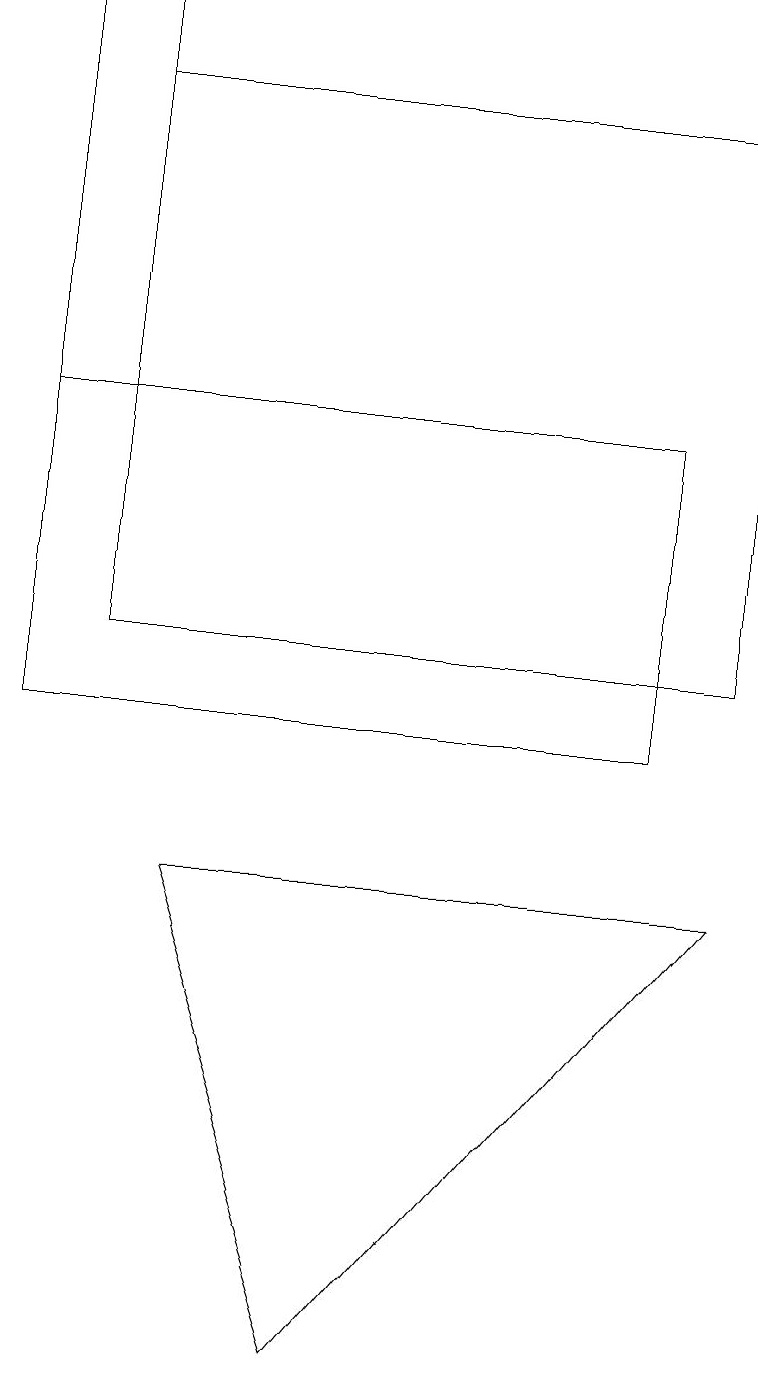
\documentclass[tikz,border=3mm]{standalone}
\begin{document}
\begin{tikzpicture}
\draw (0,19) rectangle (1,14);
\draw (2,8) -- (4,2) -- (9,8) -- cycle;
\draw (0,10) rectangle (8,14);
\draw (9,18) rectangle (1,11);
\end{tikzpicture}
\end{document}